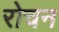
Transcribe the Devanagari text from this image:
रोचन